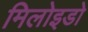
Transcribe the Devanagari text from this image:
मिलोइडो